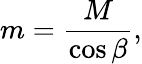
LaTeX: m=\frac{M}{\cos{\beta}},